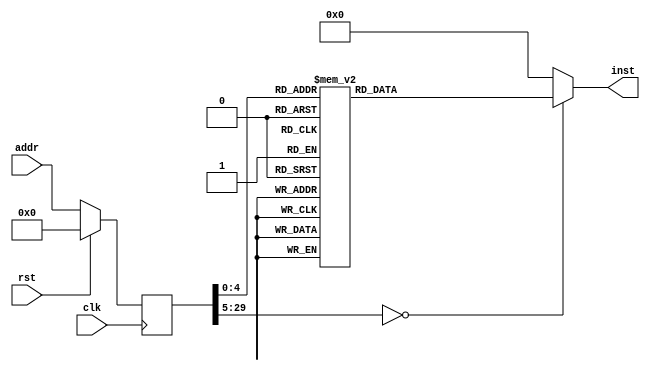
module app(input clk, input rst, input [29:0] addr, output reg [31:0] inst);
reg [29:0] addr_r;
always @(posedge clk)
begin
addr_r <= (rst) ? (30'b0) : (addr);
end
always @(*)
begin
case(addr_r)
30'h00000000: inst = 32'h3c1d1000;
30'h00000001: inst = 32'h37bd9000;
30'h00000002: inst = 32'h3c091040;
30'h00000003: inst = 32'h240a0030;
30'h00000004: inst = 32'h240b0050;
30'h00000005: inst = 32'h240c0041;
30'h00000006: inst = 32'h240d0082;
30'h00000007: inst = 32'h3c1900ff;
30'h00000008: inst = 32'h116d000d;
30'h00000009: inst = 32'h00000000;
30'h0000000a: inst = 32'h114c0008;
30'h0000000b: inst = 32'h00000000;
30'h0000000c: inst = 32'h000b7300;
30'h0000000d: inst = 32'h000a7880;
30'h0000000e: inst = 32'h01cf7020;
30'h0000000f: inst = 32'h012ec020;
30'h00000010: inst = 32'haf190000;
30'h00000011: inst = 32'h0800140a;
30'h00000012: inst = 32'h254a0001;
30'h00000013: inst = 32'h240a0000;
30'h00000014: inst = 32'h08001408;
30'h00000015: inst = 32'h256b0001;
default:      inst = 32'h00000000;
endcase
end
endmodule